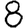
Digit: 8